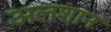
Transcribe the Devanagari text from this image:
अलशान